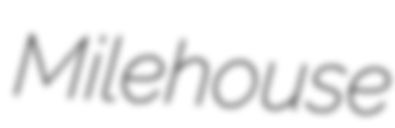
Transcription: Milehouse